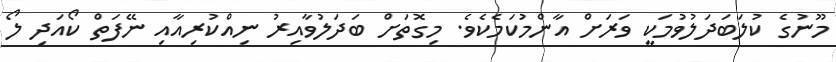
މޫނުގެ ކުލަބަދަލުވުމަކީ ވަރަށް އާންމުކަމެކެވެ. މިގޮތަށް ބަދަލުވާއިރު ނިއްކުރިއާއި ނޭފަތް ކޯއަދި ލޯ